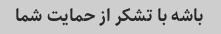
باشه با تشکر از حمایت شما